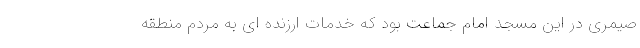
صیمری در این مسجد امام جماعت بود که خدمات ارزنده ای به مردم منطقه